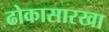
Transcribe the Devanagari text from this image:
ढोकासारखा